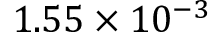
1 . 5 5 \times 1 0 ^ { - 3 }